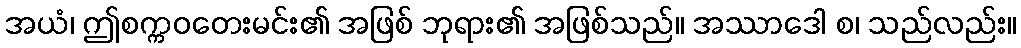
အယံ၊ ဤစက္ကဝတေးမင်း၏ အဖြစ် ဘုရား၏ အဖြစ်သည်။ အဿာဒေါ စ၊ သည်လည်း။